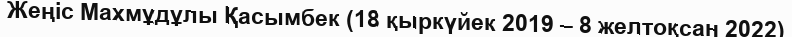
Жеңіс Махмұдұлы Қасымбек (18 қыркүйек 2019 – 8 желтоқсан 2022)